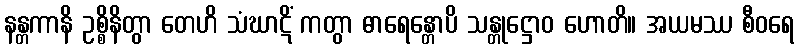
နန္တကာနိ ဥစ္စိနိတွာ တေဟိ သံဃာဋိံ ကတွာ ဓာရေန္တောပိ သန္တုဋ္ဌောဝ ဟောတိ။ အယမဿ စီဝရေ